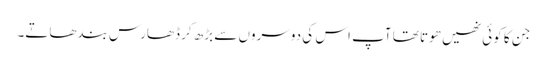
جن کا کوئی نھیں ھوتا تھا آپ اس کی دوسروں سے بڑھ کر ڈھارس بندھاتے۔